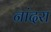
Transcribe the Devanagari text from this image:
नांदरा